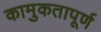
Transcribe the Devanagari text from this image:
कामुकतापूर्ण